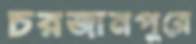
চরজানপুরে